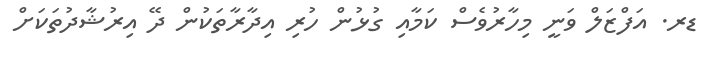
ޑރ. އަފްޒަލް ވަނީ މިހާރުވެސް ކަމާއި ގުޅުން ހުރި އިދާރާތަކުން ދޭ އިރުޝާދުތަކަށް